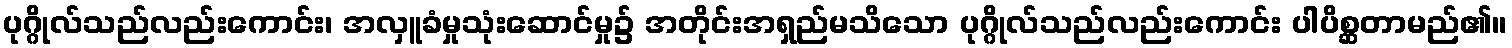
ပုဂ္ဂိုလ်သည်လည်းကောင်း၊ အလှူခံမှုသုံးဆောင်မှု၌ အတိုင်းအရှည်မသိသော ပုဂ္ဂိုလ်သည်လည်းကောင်း ပါပိစ္ဆတာမည်၏။